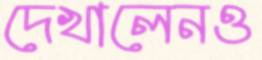
দেখালেনও